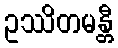
ဥဿိတမန္တီ